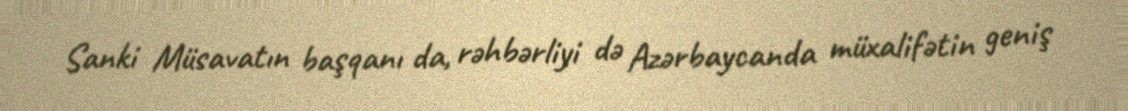
Sanki Müsavatın başqanı da, rəhbərliyi də Azərbaycanda müxalifətin geniş